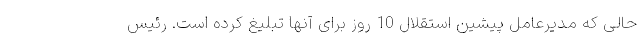
حالی که مدیرعامل پیشین استقلال 10 روز برای آنها تبلیغ کرده است. رئیس